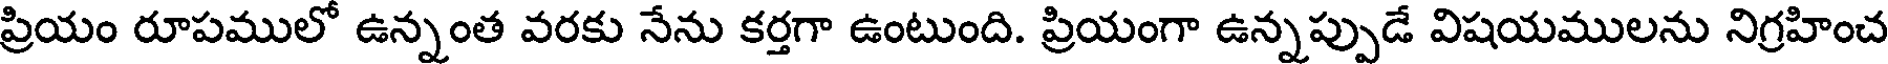
ప్రియం రూపములో ఉన్నంత వరకు నేను కర్తగా ఉంటుంది. ప్రియంగా ఉన్నప్పుడే విషయములను నిగ్రహించ